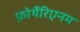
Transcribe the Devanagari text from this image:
फ़ोर्थेरिएनम